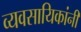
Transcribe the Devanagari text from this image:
व्यवसायिकांनी